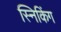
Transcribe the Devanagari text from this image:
स्निकिंग